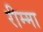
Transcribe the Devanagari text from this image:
रीम्मा